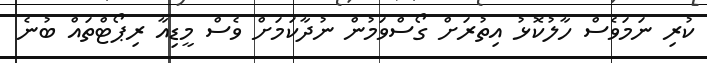
ކުރި ނަމަވެސް ހާލުކޮޅު އިތުރަށް ގޯސްވަމުން ނުދާކަމަށް ވެސް މީޑިއާ ރިޕޯޓްތައް ބުނެ